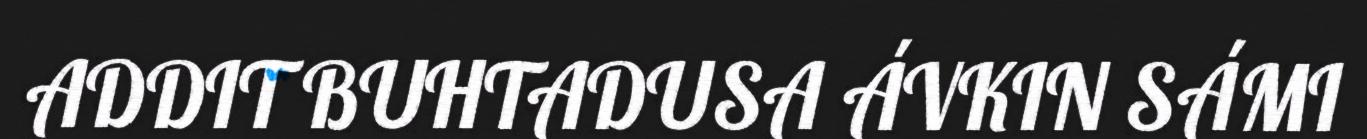
ADDIT BUHTADUSA ÁVKIN SÁMI